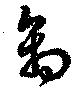
禽